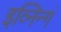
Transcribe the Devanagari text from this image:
इव्निन्गं